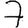
Digit: 7